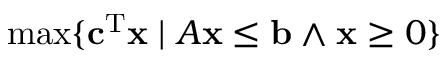
\operatorname* { m a x } \{ \mathbf { c } ^ { \mathrm { T } } \mathbf { x } \; | \; A \mathbf { x } \leq \mathbf { b } \land \mathbf { x } \geq 0 \}